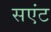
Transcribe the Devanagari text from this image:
सएंट